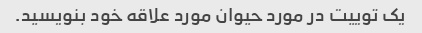
یک توییت در مورد حیوان مورد علاقه خود بنویسید.